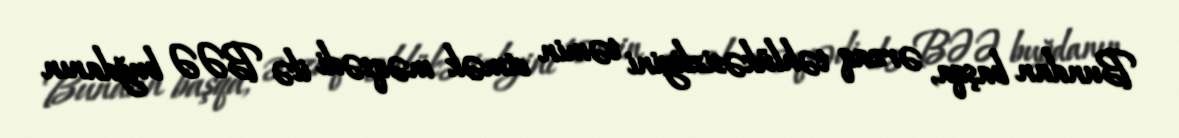
Bundan başqa, ərzaq təhlükəsizliyini təmin etmək məqsədi ilə BƏƏ buğdanın